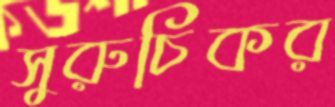
সুরুচিকর